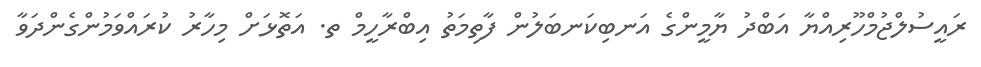
ރައީސުލްޖުމްހޫރިއްޔާ އަބްދު ޔާމީންގެ އަނބިކަނބަލުން ފާތިމަތު އިބްރާހީމް ތ. އަތޮޅަށް މިހާރު ކުރައްވަމުންގެންދަވާ